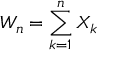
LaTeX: W _ { n } = \sum _ { k = 1 } ^ { n } X _ { k }